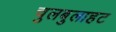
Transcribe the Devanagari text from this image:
चुलबुलाहट